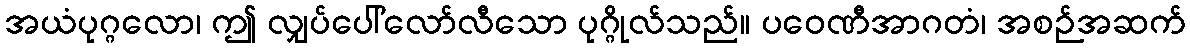
အယံပုဂ္ဂလော၊ ဤ လျှပ်ပေါ်လော်လီသော ပုဂ္ဂိုလ်သည်။ ပဝေဏီအာဂတံ၊ အစဉ်အဆက်